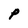
Character: P